Annual administration and progress report of the Indian Medical Department, Bombay
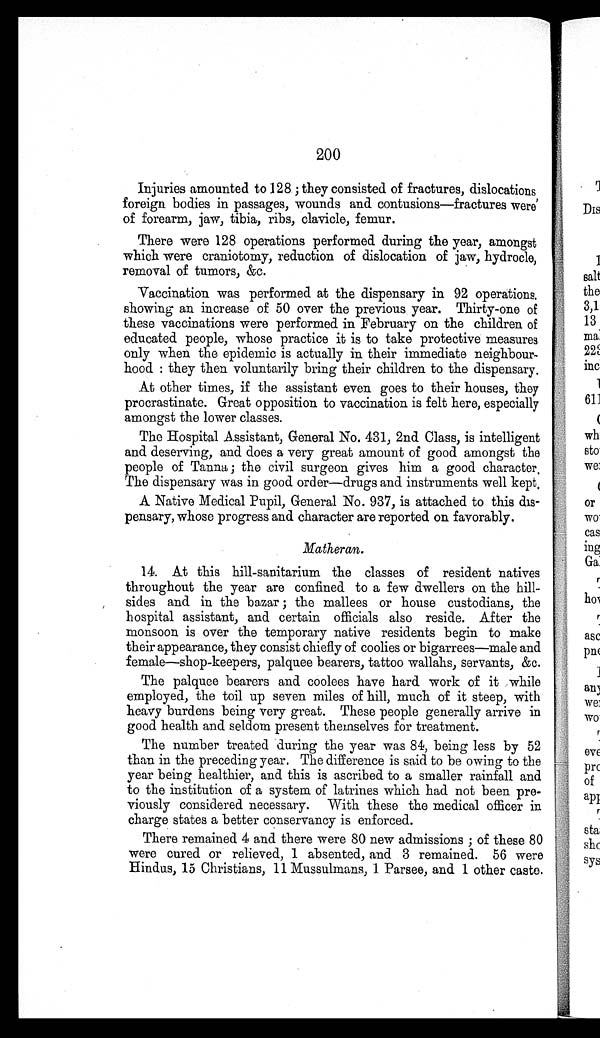
200
Injuries amounted to 128; they consisted of fractures, dislocations
foreign bodies in passages, wounds and contusions—fractures were
of forearm, jaw, tibia, ribs, clavicle, femur.
There were 128 operations performed during the year, amongst
which were craniotomy, reduction of dislocation of jaw, hydrocle,
removal of tumors, &amp;c.
Vaccination was performed at the dispensary in 92 operations,
showing an increase of 50 over the previous year. Thirty-one of
these vaccinations were performed in February on the children of
educated people, whose practice it is to take protective measures
only when the epidemic is actually in their immediate neighbour
-hood: they then voluntarily bring their children to the dispensary.
At other times, if the assistant even goes to their houses, they
procrastinate. Great opposition to vaccination is felt here, especially
amongst the lower classes.
The Hospital Assistant, General No. 431, 2nd Class, is intelligent
and deserving, and does a very great amount of good amongst the
people of Tanna; the civil surgeon gives him a good character.
The dispensary was in good order—drugs and instruments well kept.
A Native Medical Pupil, General No. 937, is attached to this dis
-pensary, whose progress and character are reported on favorably.
Matheran.
14. At this hill-sanitarium the classes of resident natives
throughout the year are confined to a few dwellers on the hill
- s i d e s a n d i n t h e b a z a r ; t h e m a l l e e s o r h o u s e c u s t o d i a n s , t h e
hospital assistant, and certain officials also reside. After the
monsoon is over the temporary native residents begin to make
their appearance, they consist chiefly of coolies or bigarrees—male and
female—shop-keepers, palquee bearers, tattoo wallahs, servants, &amp;c.
The palquee bearers and coolees have hard work of it while
employed, the toil up seven miles of hill, much of it steep, with
heavy burdens being very great. These people generally arrive in
good health and seldom present themselves for treatment.
The number treated during the year was 84, being less by 52
than in the preceding year. The difference is said to be owing to the
year being healthier, and this is ascribed to a smaller rainfall and
to the institution of a system of latrines which had not been pre
- v i o u s l y c o n s i d e r e d n e c e s s a r y . W i t h t h e s e t h e m e d i c a l o f f i c e r i n
charge states a better conservancy is enforced.
There remained 4 and there were 80 new admissions; of these 80
were cured or relieved, 1 absented, and 3 remained. 56 were
Hindus, 15 Christians, 11 Mussulmans, 1 Parsee, and 1 other caste.